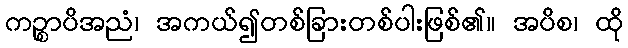
ကဉ္စာပိအညံ၊ အကယ်၍တစ်ခြားတစ်ပါးဖြစ်၏။ အပိစ၊ ထို